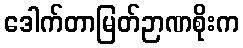
ဒေါက်တာမြတ်ဉာဏစိုးက